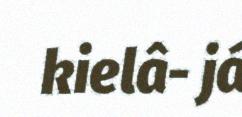
kielâ- já